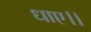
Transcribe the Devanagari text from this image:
धाए।।